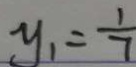
y _ { 1 } = \frac { 1 } { 7 }